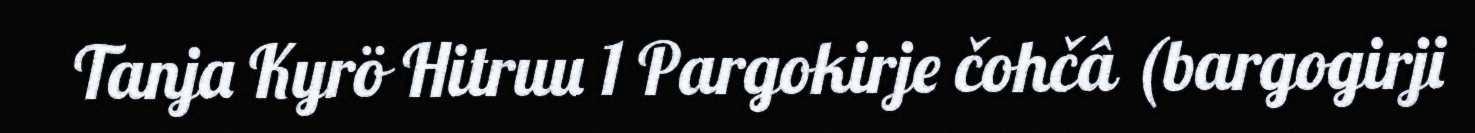
Tanja Kyrö Hitruu 1 Pargokirje čohčâ (bargogirji